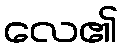
လေ၏